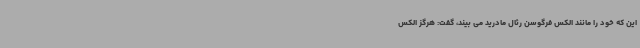
این که خود را مانند الکس فرگوسن رئال مادرید می بیند، گفت: هرگز الکس